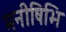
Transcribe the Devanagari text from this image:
मनीषिभि